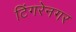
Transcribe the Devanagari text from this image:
टिंगरेनगर